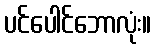
ပင်ပေါင်ဘောလုံး။